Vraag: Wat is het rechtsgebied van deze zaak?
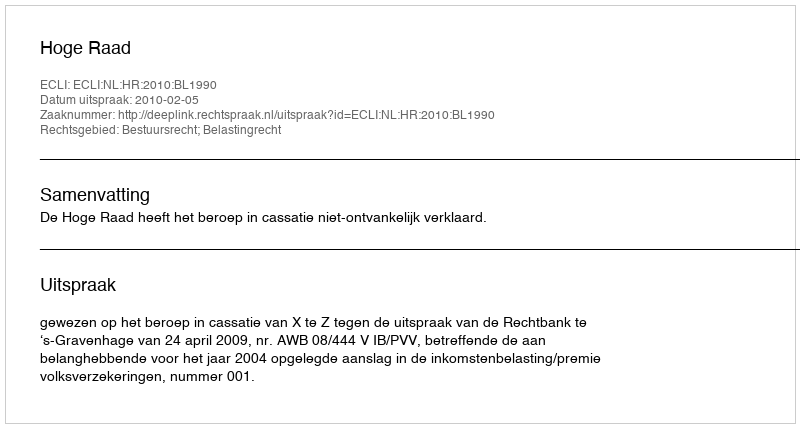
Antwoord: Bestuursrecht; Belastingrecht